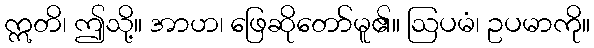
ဣတိ၊ ဤသို့။ အာဟ၊ ဖြေဆိုတော်မူ၏။ ဩပမံ၊ ဥပမာကို။